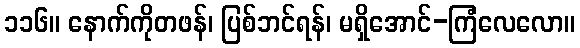
၁၁၆။ နောက်ကိုတဖန်၊ ပြစ်ဘင်ရန်၊ မရှိအောင်-ကြံလေလော။